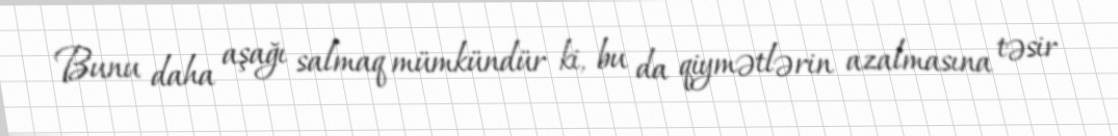
Bunu daha aşağı salmaq mümkündür ki, bu da qiymətlərin azalmasına təsir